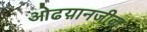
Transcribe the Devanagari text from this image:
ओढय़ानजीक